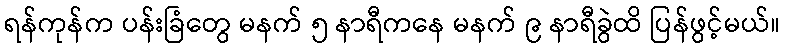
ရန်ကုန်က ပန်းခြံတွေ မနက် ၅ နာရီကနေ မနက် ၉ နာရီခွဲထိ ပြန်ဖွင့်မယ်။